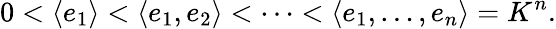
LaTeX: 0<\left\langle e_{1}\right\rangle<\left\langle e_{1},e_{2}\right\rangle<\cdots<\left\langle e_{1},\ldots,e_{n}\right\rangle=K^{n}.